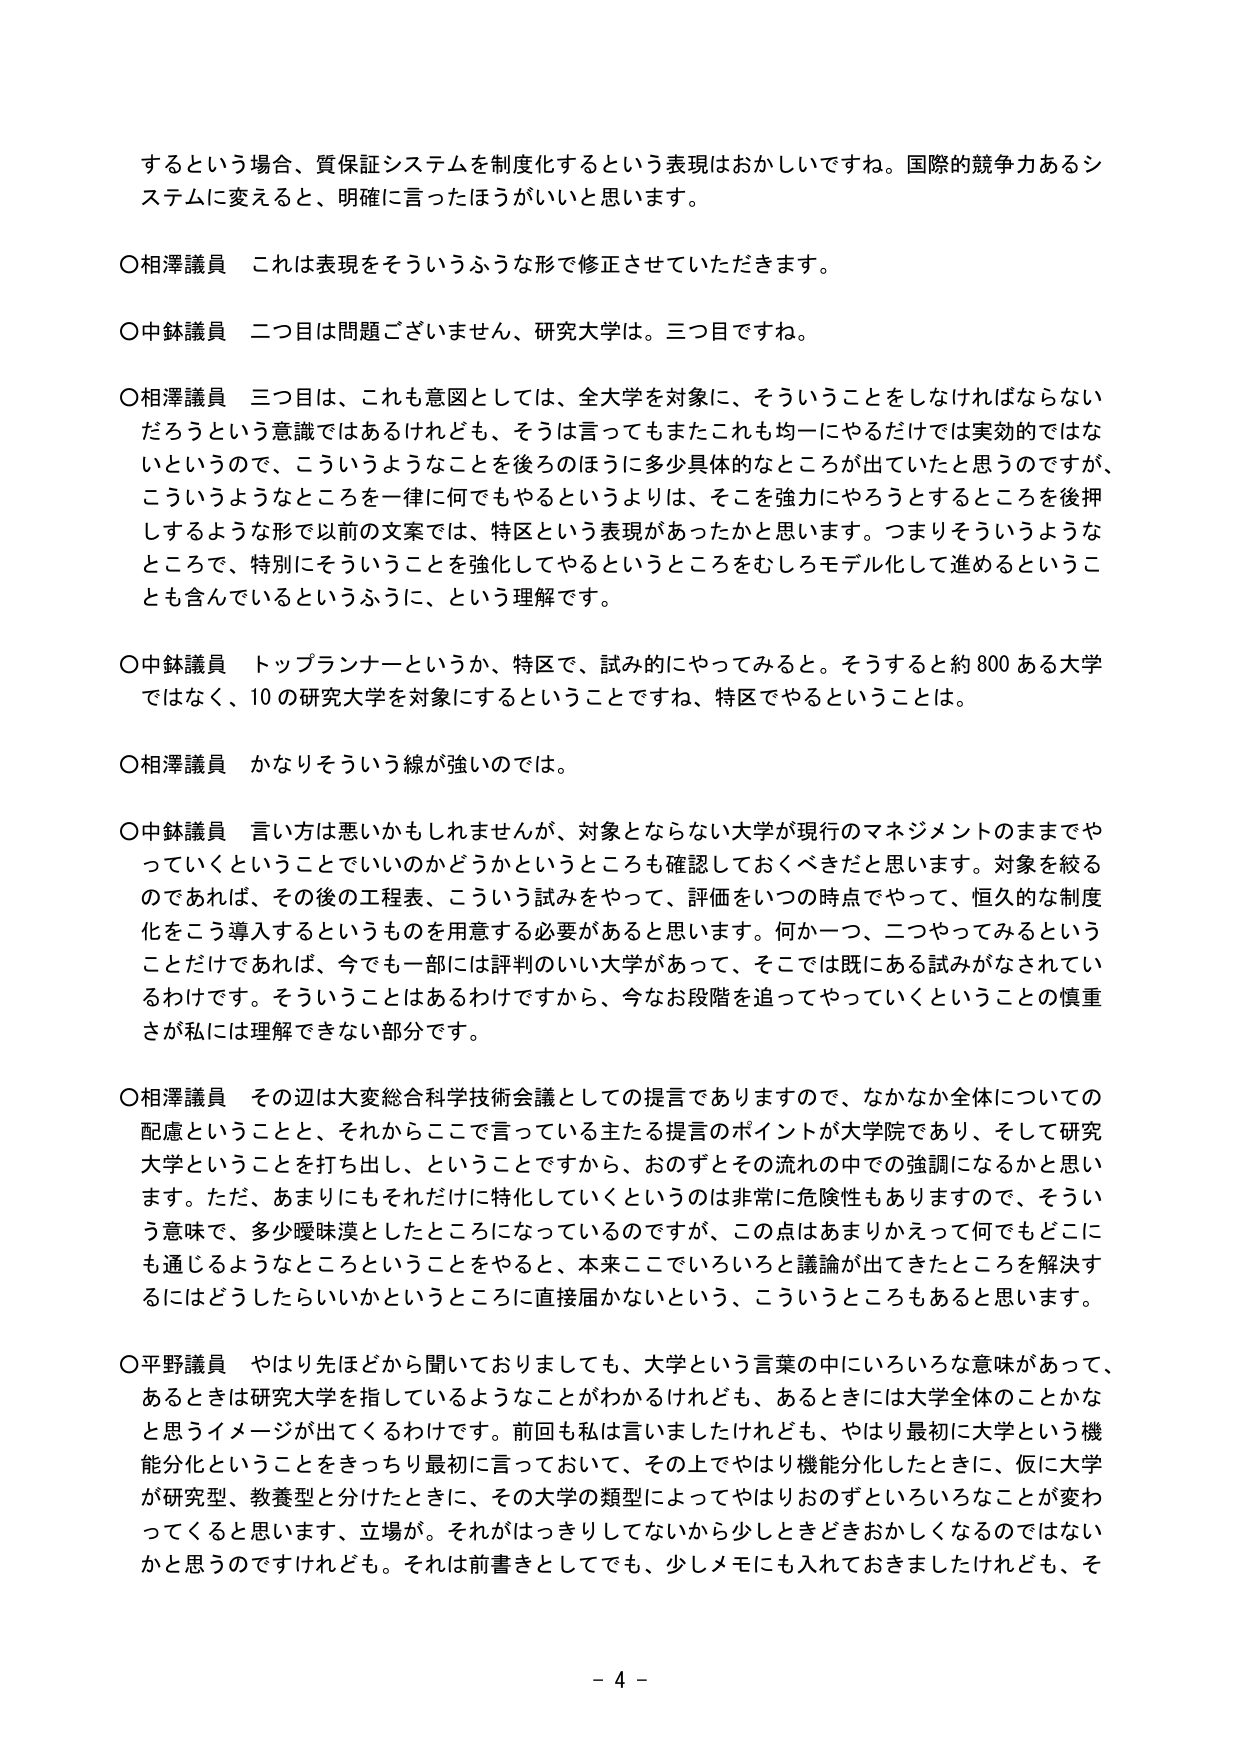
するという場合、質保証システムを制度化するという表現はおかしいですね。国際的競争力あるシステムに変えると、明確に言ったほうがいいと思います。

○相澤議員　これは表現をそういうふうな形で修正させていただきます。

○中鉢議員　二目は問題ございません、研究大学は。三目ですね。

○相澤議員　三目は、これも意図としては、全大学を対象に、そういうことをしなければならないだろうという意識ではあるけれども、そうは言ってもまたこれも均一にやるだけでは実効的ではないというので、こういうようなことを後ろのほうに多少具体的なところが出ていたと思うのですが、こういうようなところを一律に何でもやるというよりは、そこを強力にやろうとするところを後押しするような形で以前の文案では、特区という表現があったかと思います。つまりそういうようなところで、特別にそういうことを強化してやるというところをむしろモデル化して進めるということも含んでいるというふうに、という理解です。

○中鉢議員　トップランナーというか、特区で、試み的にやってみると。そうすると約800ある大学ではなく、10の研究大学を対象にするということですね、特区でやるということは。

○相澤議員　かなりそういう線が強いのは。

○中鉢議員　言い方は悪いかかもしれません、対象とならない大学が現行のマネジメントのままでやっていくということでいいのかどうかというところも確認しておくべきだと思います。対象を絞るのであれば、その後の工程表、こういう試みをやって、評価をいつの時点でやって、恒久的な制度化をこう導入するというものを用意する必要があると思います。何か一つ、二つやってみるということだけであれば、今でも一部には評判のいい大学があって、そこでは既にある試みがなされているわけです。そういうことはあるわけですから、今なお段階を追ってやっていくということの慎重さが私には理解できない部分です。

○相澤議員　その辺は大変総合科学技術会議としての提言でありますので、なかなか全体についての配慮ということと、それからここで言っている主たる提言のポイントが大学院であり、そして研究大学ということを打ち出し、ということですから、おのずとその流れの中での強調になるかと思います。ただ、あまりにもそれだけに特化していくというのは非常に危険性もありますので、そういう意味で、多少曖昧漠としたところになっているのですが、この点はあまりかえって何でもどこにも通じるようなところということをやると、本来ここでいろいろと議論が出てきたところを解決するにはどうしたらいいかというところに直接届かないという、こういうところもあると思います。

○平野議員　やはり先ほどから聞いておりましても、大学という言葉の中にいろいろな意味があって、あるときは研究大学を指しているようなことがわかるけれども、あるときには大学全体のことかなと思うイメージが出てくるわけです。前回も私は言いましたけれども、やはり最初に大学という機能分化ということをきっちり最初に言っておいて、その上でやはり機能分化したときに、仮に大学が研究型、教養型と分けたときに、その大学の類型によってやはりおのずといろいろなことが変わってくると思います、立場が。それがはっきりしてないから少しどきどきおかしくなるのではないかと思うのですけれども。それは前書きとしても、少しメモにも入れておきましたけれども、そ

- 4 -